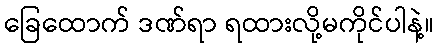
ခြေထောက် ဒဏ်ရာ ရထားလို့မကိုင်ပါနဲ့။